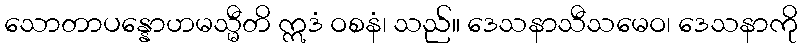
သောတာပန္နောဟမသ္မီတိ ဣဒံ ဝစနံ၊ သည်။ ဒေသနာသီသမေဝ၊ ဒေသနာကို